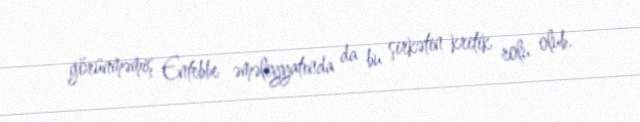
görünməmiş Entebbe əməliyyatında da bu şirkətin kritik rolu olub.